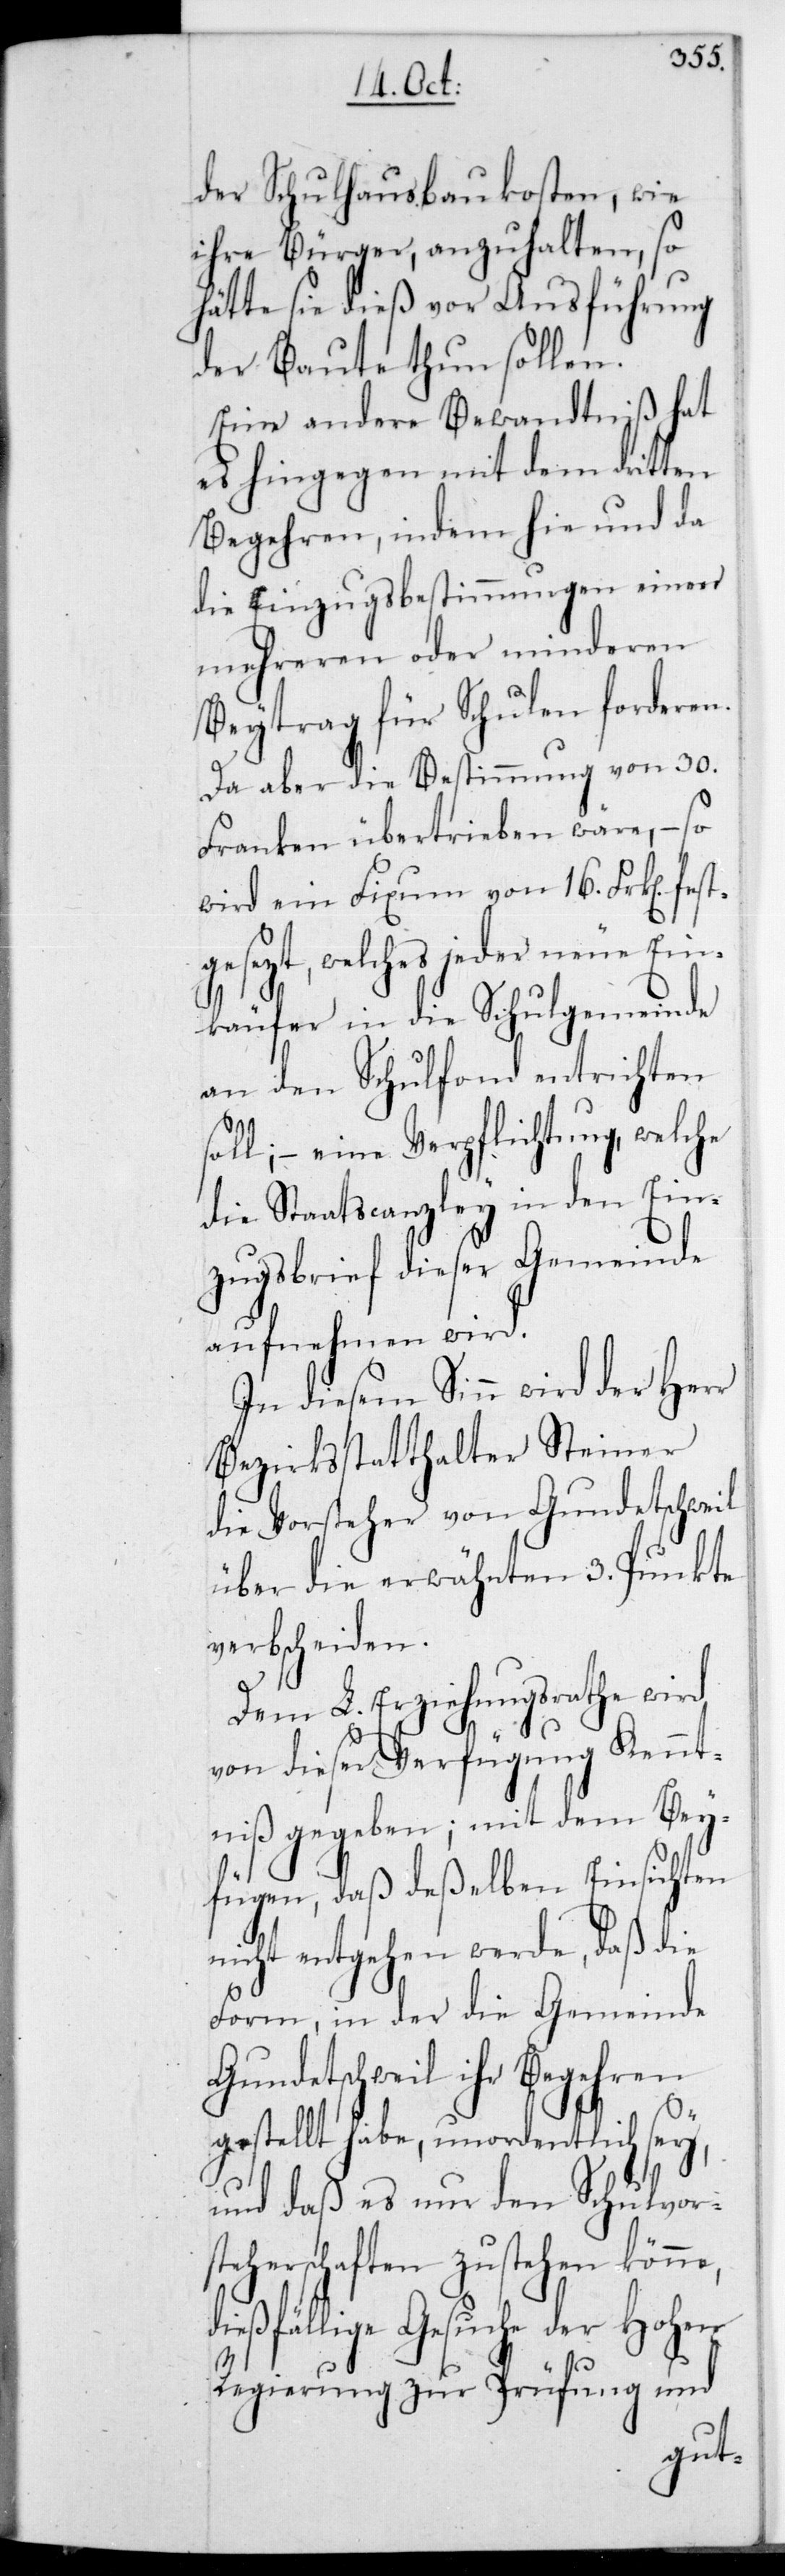
der Schulhausbaukosten, wie
ihre Bürger, anzuhalten, so
hätte sie dieß vor Ausführung
der Baute thun sollen.
Eine andere Bewandtniß hat
es hingegen mit dem dritten
Begehren, indem hie und da
die Einzugsbestimmungen einen
mehreren oder minderen
Beytrag für Schulen forderen.
Da aber die Bestimmung von 30
Franken übertrieben wäre, – so
wird ein Fixum von 16 Frk[en] fest¬
gesezt, welches jeder neue Ein¬
käufer in die Schulgemeinde
an den Schulfond entrichten
soll; – eine Verpflichtung, welche
die Staatscanzley in den Ein¬
zugsbrief dieser Gemeinde
aufnehmen wird.
In diesem Sinn wird der Herr
Bezirksstatthalter Steiner
die Vorsteher von Gundetschweil
über die erwähnten drey Punkte
verbscheiden.
Dem L. Erziehungsrathe wird
von dieser Verfügung Kennt¬
niß gegeben; mit dem Bey¬
fügen, daß deßelben Einsichten
nicht entgehen werde, daß die
Form, in der die Gemeinde
Gundetschweil ihr Begehren
gestellt habe, unordentlich sey,
und daß es nur der Schulvor¬
steherschaften zustehen könne,
ießfällige Gesuche der Hohen
Regierung zur Prüfung und
d¬